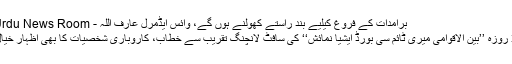
برآمدات کے فروغ کیلیے بند راستے کھولنے ہوں گے، وائس ایڈمرل عارف اللہ - Urdu News Room
3 روزہ ’’بین الاقوامی میری ٹائم سی بورڈ ایشیا نمائش‘‘ کی سافٹ لانچنگ تقریب سے خطاب، کاروباری شخصیات کا بھی اظہار خیال۔